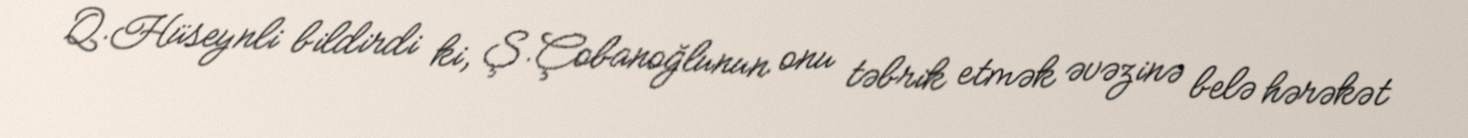
Q.Hüseynli bildirdi ki, Ş.Çobanoğlunun onu təbrik etmək əvəzinə belə hərəkət